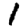
Digit: 1